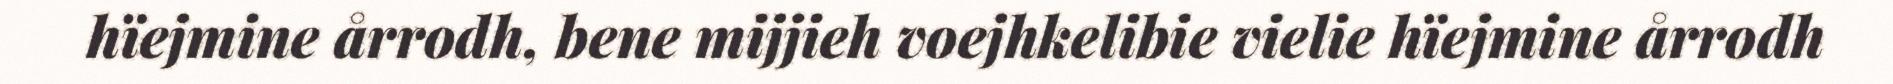
hïejmine årrodh, bene mijjieh voejhkelibie vielie hïejmine årrodh